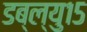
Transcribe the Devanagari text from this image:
डब्ल्यु१५